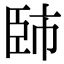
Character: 𦣢